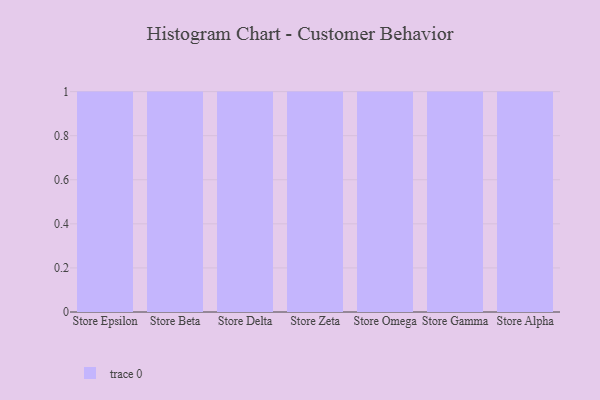
{"axis": {"x": "Store", "y": "Tickets Resolved"}, "legend": [""], "data": [{"x": "Store Epsilon", "y": 57, "type": ""}, {"x": "Store Beta", "y": 95, "type": ""}, {"x": "Store Delta", "y": 12, "type": ""}, {"x": "Store Zeta", "y": 49, "type": ""}, {"x": "Store Omega", "y": 59, "type": ""}, {"x": "Store Gamma", "y": 63, "type": ""}, {"x": "Store Alpha", "y": 37, "type": ""}]}